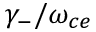
\gamma _ { - } / \omega _ { c e }